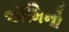
ઍમિનો